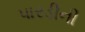
પારડીની